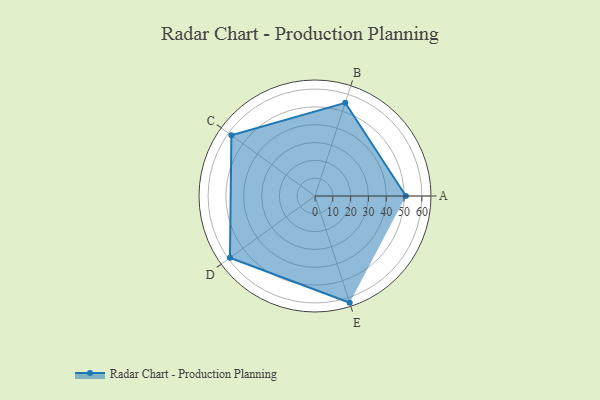
{"axis": {"x": "Skill", "y": "Score"}, "legend": ["Profile"], "data": [{"x": "A", "y": 51.0, "type": "Profile"}, {"x": "B", "y": 55.0, "type": "Profile"}, {"x": "C", "y": 58.0, "type": "Profile"}, {"x": "D", "y": 59.0, "type": "Profile"}, {"x": "E", "y": 63.0, "type": "Profile"}]}